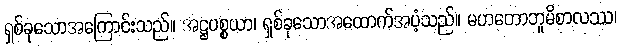
ရှစ်ခုသောအကြောင်းသည်။ အဋ္ဌပစ္စယာ၊ ရှစ်ခုသောအထောက်အပံ့သည်။ မဟတောဘူမိစာလဿ၊